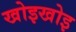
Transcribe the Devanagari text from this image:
खोइखोइ